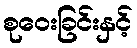
စုဝေးခြင်းနှင့်